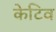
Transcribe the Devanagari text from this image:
केटिव